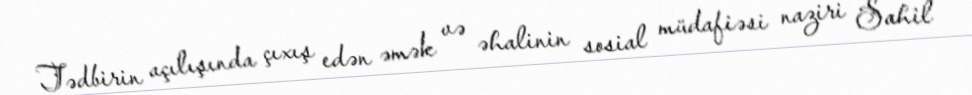
Tədbirin açılışında çıxış edən əmək və əhalinin sosial müdafiəsi naziri Sahil